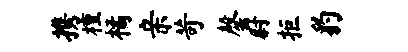
携檀橘亲苛罄尉拒豹